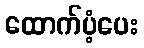
ထောက်ပံ့ပေး